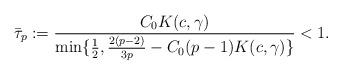
LaTeX: \begin{align*}\bar{\tau}_{p}:=\frac{C_{0}K(c,\gamma)}{\min\{\frac{1}{2},\frac{2(p-2)}{3p}-C_{0}(p-1)K(c,\gamma)\}}<1.\end{align*}